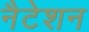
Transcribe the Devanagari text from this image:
नैटेशन